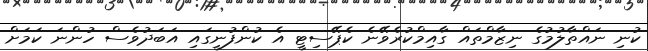
ކުނި ނައްތާލުމުގެ ނިޒާމްތައް ގާއިމްކުރެވޭނެ ކެޕޭސިޓީ އެ ކުންފުނީގައި އަބަދުވެސް ހުންނަ ކަމަށް